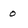
Character: 0